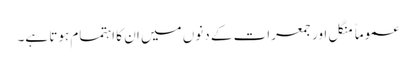
عموماً منگل اور جمعرات کے دنوں میں ان کا اہتمام ہوتا ہے۔